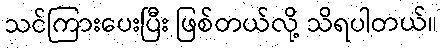
သင်ကြားပေးပြီး ဖြစ်တယ်လို့ သိရပါတယ်။